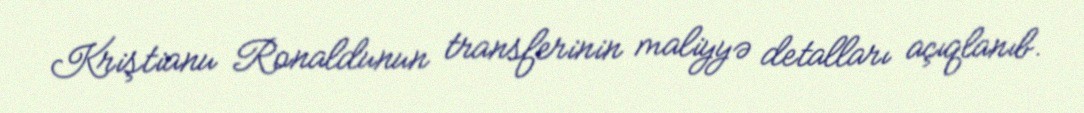
Kriştianu Ronaldunun transferinin maliyyə detalları açıqlanıb.